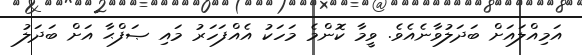
އަމިއްލައަށް ބަދަލުވާނެއެވެ. ވީމާ ކޮންމެ މަހަކު އެއްފަހަރު މައި ޞަފްޙާ އަށް ބަދަލު